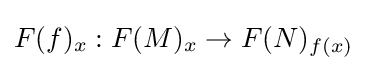
F(f)_{x}:F(M)_{x}\to F(N)_{f(x)}